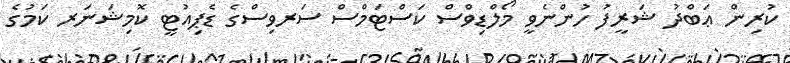
ކުރިން ޢަބްދު ޝަރީފު ހުންނެވީ މޯލްޑިވްސް ކަސްޓަމްސް ސަރވިސްގެ ޑެޕިއުޓީ ކޮމިޝަނަރ ކަމުގެ